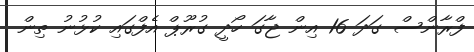
ފްރާންސް ގަދަ 16 އިން ޖާގަ ހޯދީ ގުރޫޕް އެފްގައި ކުޅުނު ތިން